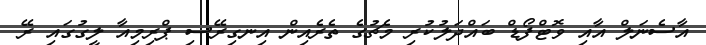
އާސެނަލް އާއި ވޮޓްފޯޑް ބައްދަލުކުރި މެޗުގެ ތެރެއިން އިނގިރޭސި ޕްރިމިއާ ލީގުގައި ރޭ